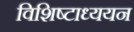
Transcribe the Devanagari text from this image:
विशिष्टाध्ययन